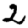
Digit: 2